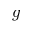
g